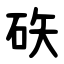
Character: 䂠